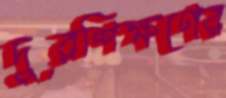
দূরশিক্ষণের